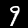
Label: 9